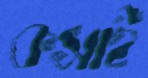
কসাই